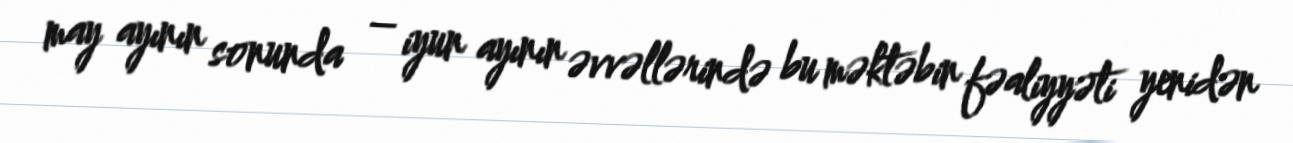
may ayının sonunda – iyun ayının əvvəllərində bu məktəbin fəaliyyəti yenidən